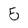
Character: 5